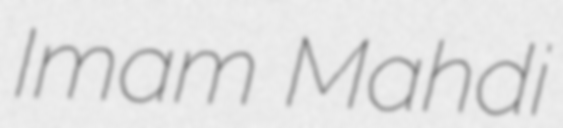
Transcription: Imam Mahdi